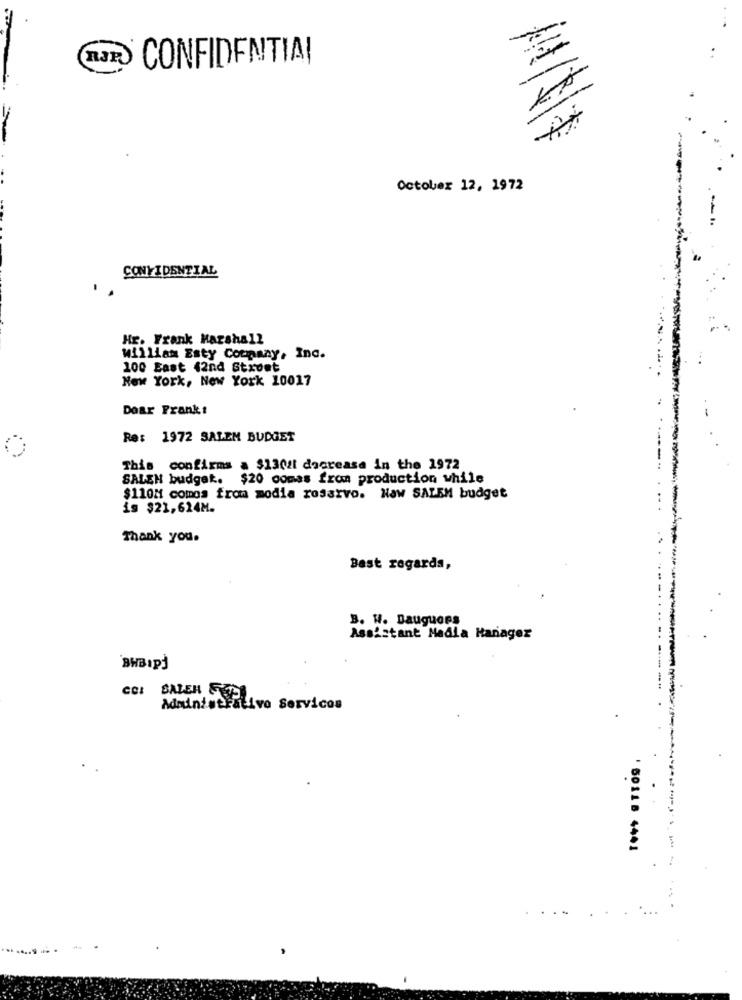
CONFIDENTIAL
-
October 12, 1972
CONFIDENTIAL
Hr. Frank Marshall
william Esty Company, Inc.
100 East 42nd Stroet
New York, New York 10017
Doar Frank:
Re: 1972 SALEM BUDGET
This confirms a $13021 decrease in the 1972
SALEN budget. $20 comas fron production while
$110M comos from media rosarvo. Naw SALEM budget
is $21,624M.
Thank you.
Best regards,
B. W. Bauguers
Assistant Madla Hanagez
Co: BALENO Services
50118 4441